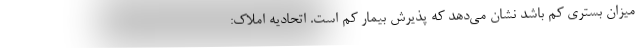
میزان بستری کم باشد نشان می‌دهد که پذیرش بیمار کم است. اتحادیه املاک: